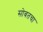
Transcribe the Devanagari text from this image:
सोबतचा